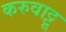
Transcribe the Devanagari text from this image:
करुवाट्टू